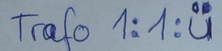
Text: Trafo 1:1:u